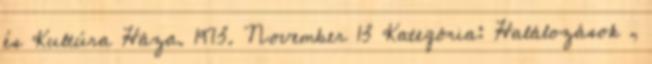
és Kultúra Háza. 1973. November 13 Kategória: Halálozások ,